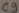
Text: C9